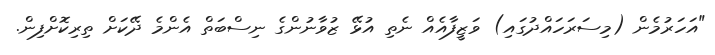
"އަހަރުމެން (މިސަރަހައްދުގައި) ވަޒީފާއެއް ނެތި އުޅޭ ޒުވާނުންގެ ނިސްބަތް އެންމެ ދޭކަށް ތިރިކޮށްފިން.